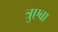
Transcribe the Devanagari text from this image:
त्रुएबा